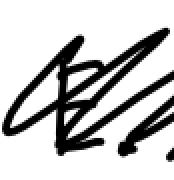
Text: E.
Cross-out: scratch
Writing tool: digital_black